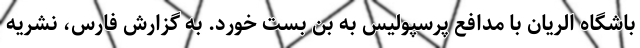
باشگاه الریان با مدافع پرسپولیس به بن بست خورد. به گزارش فارس، نشریه